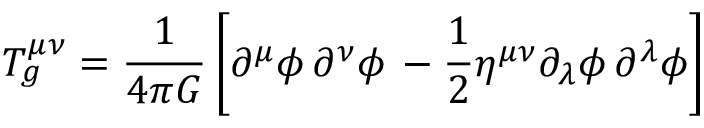
T _ { g } ^ { \mu \nu } = { \frac { 1 } { 4 \pi G } } \left[ \partial ^ { \mu } \phi \, \partial ^ { \nu } \phi \, - { \frac { 1 } { 2 } } \eta ^ { \mu \nu } \partial _ { \lambda } \phi \, \partial ^ { \lambda } \phi \right]